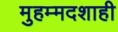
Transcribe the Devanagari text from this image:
मुहम्मदशाही